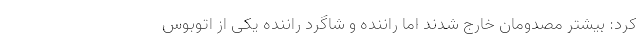
کرد: بیشتر مصدومان خارج شدند اما راننده و شاگرد راننده یکی از اتوبوس